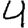
Digit: 4